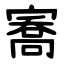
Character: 㝯